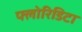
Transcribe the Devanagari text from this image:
फ्लोरिडिटा